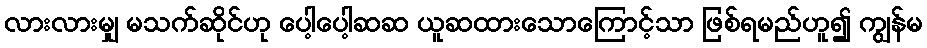
လားလားမျှ မသက်ဆိုင်ဟု ပေါ့ပေါ့ဆဆ ယူဆထားသောကြောင့်သာ ဖြစ်ရမည်ဟူ၍ ကျွန်မ